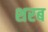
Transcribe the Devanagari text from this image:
शरब